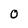
Character: O